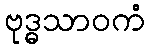
ဗုဒ္ဓသာဝကံ